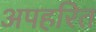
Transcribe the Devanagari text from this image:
अपहरित